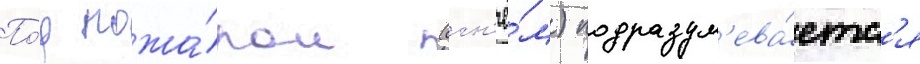
По́д пожа́ром (огн'ё́м) подразум'ева́етс'я